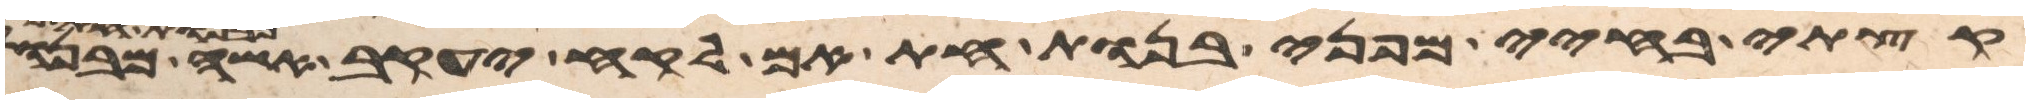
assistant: קצתי בחיי מפני בנות חת אם לקח יעקב אשה מבנות